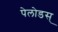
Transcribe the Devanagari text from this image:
पेलोडस्